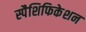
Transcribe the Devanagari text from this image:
स्पैशिफिकेशन